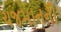
યજમાનનો